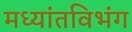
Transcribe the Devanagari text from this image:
मध्यांतविभंग